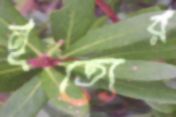
নৃত্যের